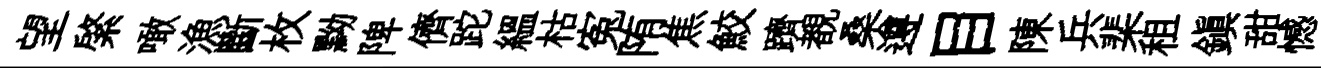
望綮噉漁斷枚黝陴儕跎緼枯寃陏焦鮫躋覩桑遵目陳兵棐租鎮甜憾